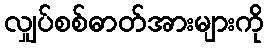
လျှပ်စစ်ဓာတ်အားများကို